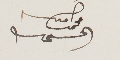
محمد امين الحسيني